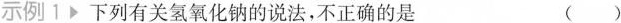
示例1 下列有关氢氧化钠的说法，不正确的是 ( )